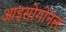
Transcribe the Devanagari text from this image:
आइसोगोनल